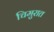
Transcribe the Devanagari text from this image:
चिमुरात